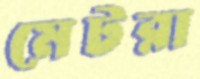
মেটরা